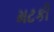
મટકી